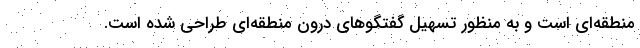
منطقه‌ای است و به منظور تسهیل گفتگو‌های درون منطقه‌ای طراحی شده است.